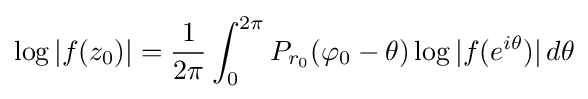
\log |f(z_{0})|={\frac {1}{2\pi }}\int _{0}^{2\pi }P_{r_{0}}(\varphi _{0}-\theta )\log |f(e^{i\theta })|\,d\theta